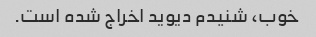
خوب، شنیدم دیوید اخراج شده است.